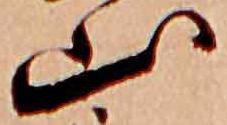
山